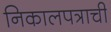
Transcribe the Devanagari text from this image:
निकालपत्राची